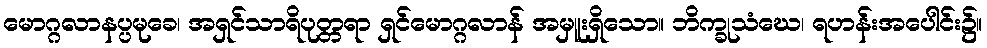
မောဂ္ဂလာနပ္ပမုခေ၊ အရှင်သာရိပုတ္တရာ ရှင်မောဂ္ဂလာန် အမှူးရှိသော။ ဘိက္ခုသံဃေ၊ ရဟန်းအပေါင်း၌။